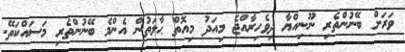
ވަރަށް ބޭނުންތެރި ނޫނިއްޔާ ދިވެހިރާއްޖެ މިއަދު މިއޮތް ޙާލަތުން އެންމެ ބޭނުންތެރި މަސައްކަތޭ.